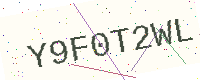
Text: Y9F0T2WL